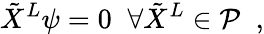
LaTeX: \tilde{X}^{L}\psi=0\; \; \forall\tilde{X}^{L}\in{\cal P}\; \; ,